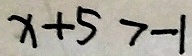
x + 5 > - 1